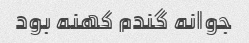
جوانه گندم کهنه بود